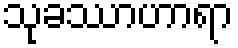
သုခဿာဟာရာ